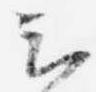
云